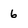
Character: 6